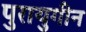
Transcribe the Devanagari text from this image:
पुरायुगीन